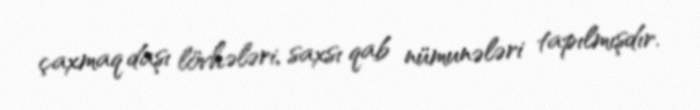
çaxmaq daşı lövhələri, saxsı qab nümunələri tapılmışdır.